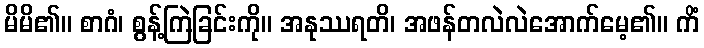
မိမိ၏။ စာဂံ၊ စွန့်ကြဲခြင်းကို။ အနုဿရတိ၊ အဖန်တလဲလဲအောက်မေ့၏။ ကိံ